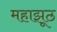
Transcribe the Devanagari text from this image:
महाझूठ